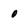
Character: o